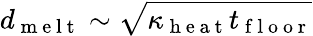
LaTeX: d_{\mathrm{~m~e~l~t~}}\sim\sqrt{\kappa_{\mathrm{~h~e~a~t~}}t_{\mathrm{~f~l~o~o~r~}}}